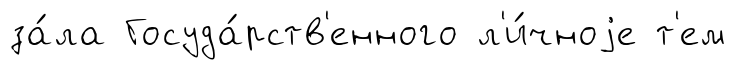
за́ла Госуда́рств'енного л'и́чноjе т'ем